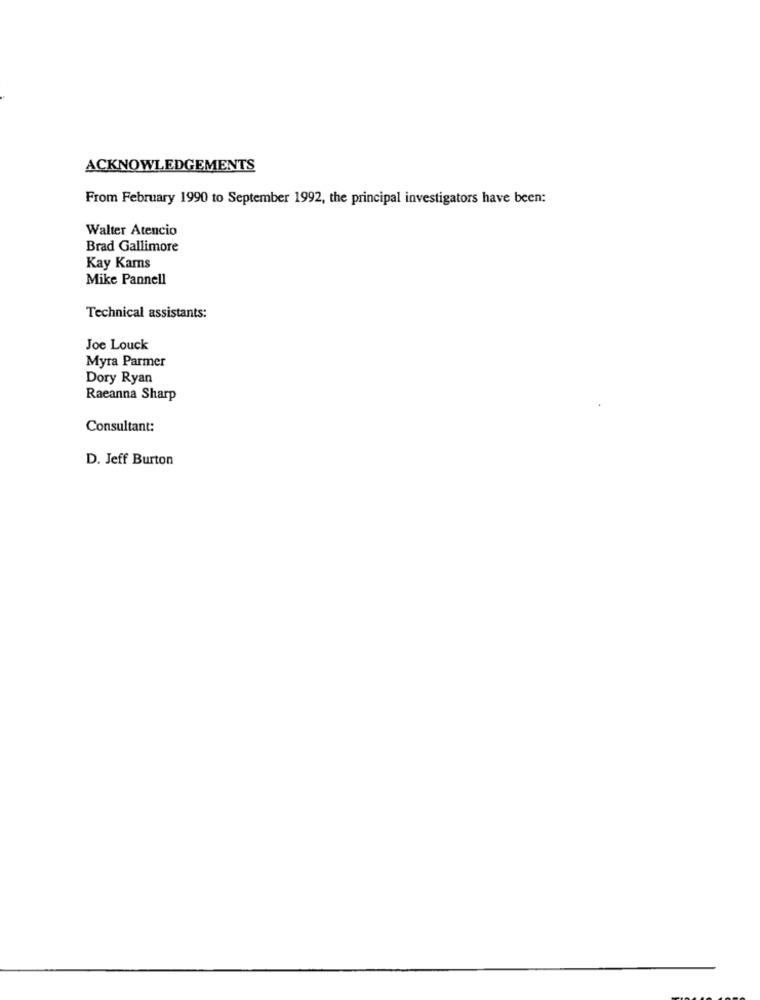
ACKNOWLEDGEMENTS
From February 1990 to September 1992, the principal investigators have been:
Walter Atencio
Brad Gallimore
Kay Kams
Mike Pannell
Technical assistants:
Joe Louck
Myra Parmer
Dory Ryan
Raeanna Sharp
Consultant:
D. Jeff Burton